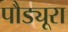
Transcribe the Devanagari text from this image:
पौड्यूरा